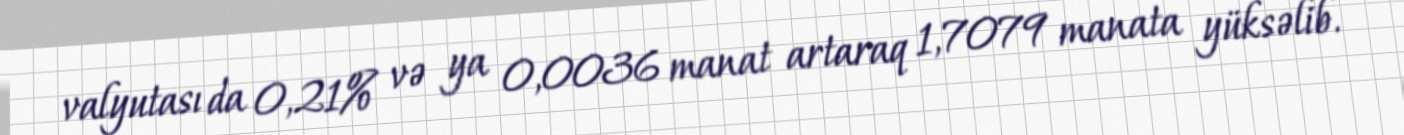
valyutası da 0,21% və ya 0,0036 manat artaraq 1,7079 manata yüksəlib.